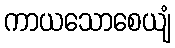
ကာယသောစေယျံ